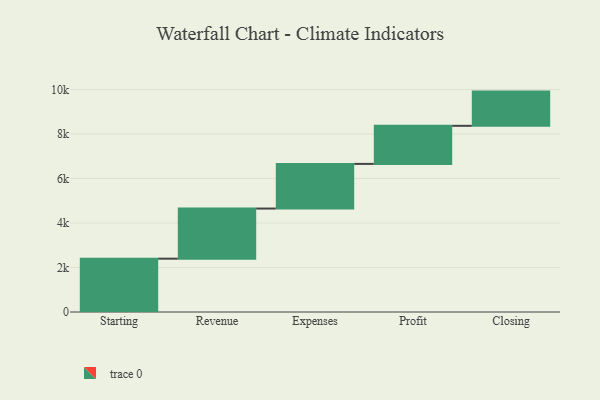
{"axis": {"x": "Step", "y": "Value"}, "legend": [""], "data": [{"x": "Starting", "y": 2397.0, "type": ""}, {"x": "Revenue", "y": 2253.0, "type": ""}, {"x": "Expenses", "y": 2007.0, "type": ""}, {"x": "Profit", "y": 1712.0, "type": ""}, {"x": "Closing", "y": 1538.0, "type": ""}]}